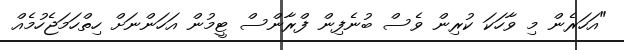
"އަހަރެން މި ވާހަކަ ކުރިން ވެސް ބުނެފިން ފްރާންސް ޓީމުން އަހަންނަށް ހިތްހަމަޖެހުމެއް